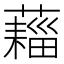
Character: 𧀗